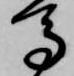
馬